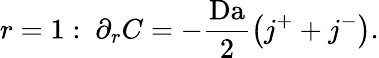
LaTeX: r=1:\ \partial_{r}C=-\frac{\mathrm{Da}}{2}\left(j^{+}+j^{-}\right).